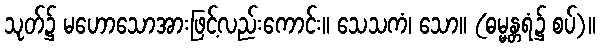
သုတ်၌ မဟောသောအားဖြင့်လည်းကောင်း။ သေသကံ၊ သော။ (ဓမ္မန္တရံ၌ စပ်)။